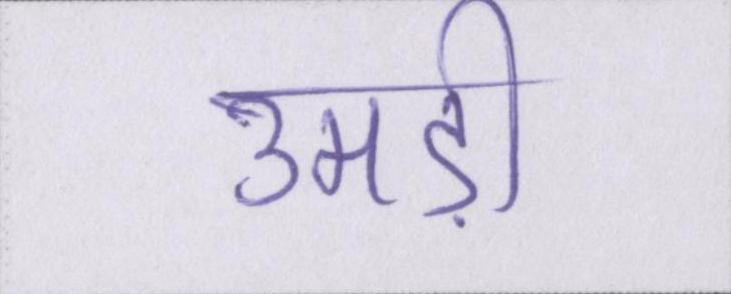
उमड़ी